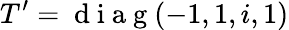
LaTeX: T^{\prime}=\mathrm{~d~i~a~g~}(-1,1,i,1)